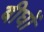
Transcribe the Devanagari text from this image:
बीघों